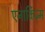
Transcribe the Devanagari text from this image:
एनार्किज़्म